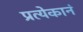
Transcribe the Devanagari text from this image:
प्रत्येकानं